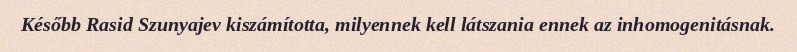
Később Rasid Szunyajev kiszámította, milyennek kell látszania ennek az inhomogenitásnak.